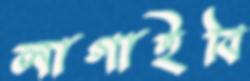
লাগাইবি